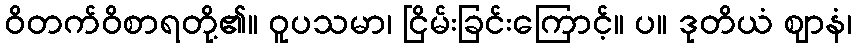
ဝိတက်ဝိစာရတို့၏။ ဝူပသမာ၊ ငြိမ်းခြင်းကြောင့်။ ပ။ ဒုတိယံ ဈာနံ၊